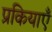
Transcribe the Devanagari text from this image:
प्रकियाएँ